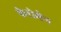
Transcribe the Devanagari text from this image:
फेरोमेन